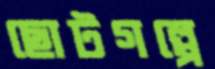
ছোটগল্পে